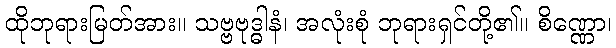
ထိုဘုရားမြတ်အား။ သဗ္ဗဗုဒ္ဓါနံ၊ အလုံးစုံ ဘုရားရှင်တို့၏။ စိဏ္ဏော၊